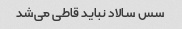
سس سالاد نباید قاطى می‌شد